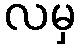
လမှ